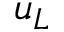
u _ { L }